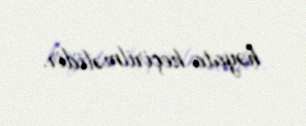
həyata keçirilməlidir.